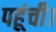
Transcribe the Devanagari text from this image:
पहूंची।